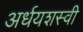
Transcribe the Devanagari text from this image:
अर्धयशस्वी